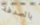
بالصدفة